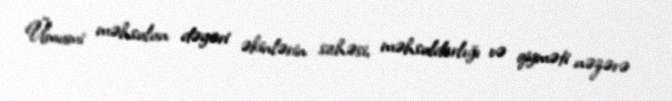
Ümumi məhsulun dəyəri əkinlərin sahəsi, məhsuldarlığı və qiyməti nəzərə